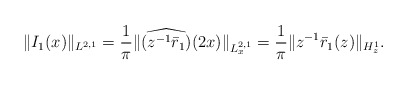
\begin{align*}&\|I_1(x)\|_{L^{2,1} } = \frac{1} {\pi} \| \widehat{(z^{-1} \bar{r}_1)}(2x)\|_{L^{2,1}_x} = \frac{1}{\pi} \| z^{-1} \bar{r}_1(z) \|_{ H^1_z}. \end{align*}